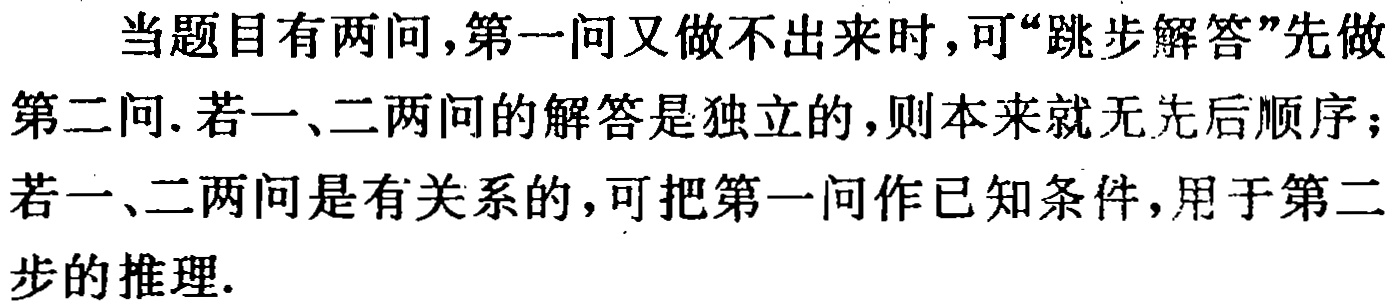
当题目有两问,第一问又做不出来时,可“跳步解答”先做第二问.若一、二两问的解答是独立的,则本来就无先后顺序；若一、二两问是有关系的,可把第一问作已知条件,用于第二步的推理.